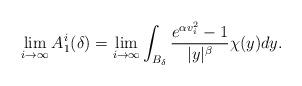
LaTeX: \begin{align*} \lim_{i\to\infty}A^i_1(\delta)=\lim_{i\to\infty}\int_{B_{\delta}}\frac{e^{\alpha v_i^2}-1}{|y|^{\beta}} \chi(y) dy.\end{align*}